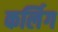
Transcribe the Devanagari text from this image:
कर्लिग